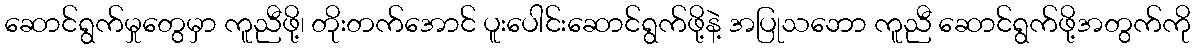
ဆောင်ရွက်မှုတွေမှာ ကူညီဖို့၊ တိုးတက်အောင် ပူးပေါင်းဆောင်ရွက်ဖို့နဲ့ အပြုသဘော ကူညီ ဆောင်ရွက်ဖို့အတွက်ကို